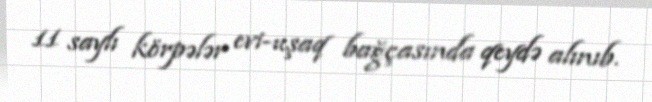
11 saylı körpələr evi-uşaq bağçasında qeydə alınıb.